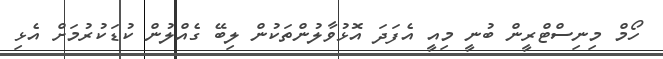
ހޯމް މިނިސްޓްރީން ބުނީ މިއީ އެފަދަ އޮޅުވާލުންތަކުން ލިބޭ ގެއްލުން ކުޑަކުރުމަށް އެޅި